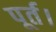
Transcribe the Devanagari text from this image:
पूर्त।